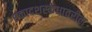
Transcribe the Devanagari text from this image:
एकादशस्कंधावरील